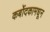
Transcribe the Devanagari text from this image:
कर्बोदकामधून